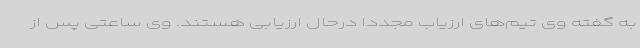
به گفته وی تیم‌های ارزیاب مجددا درحال ارزیابی هستند. وی ساعتی پس از